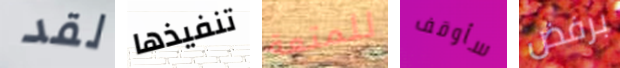
لقد تنفيذها للمتعة سأوقف برفض